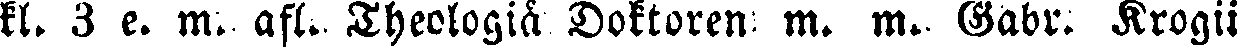
kl. 3 e. m. afl. Theologiä Doktoren m. m. Gabr. Krogii